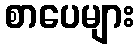
စာပေများ